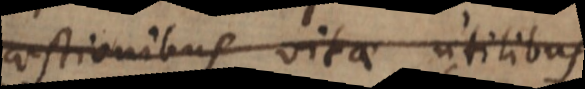
ibus vitae utilibus